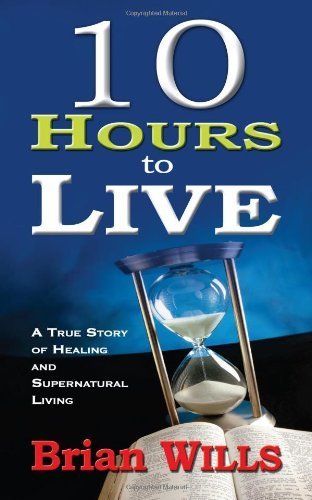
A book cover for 10 Hours to Live A True Story of Healing and Supernatural Living by WILLS BRIAN [Whitaker House,2010] (Paperback); Law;